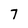
Character: 7